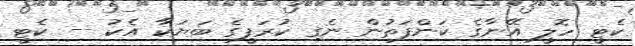
ކެޓީ ހޮލީ އޭނާގެ ކަންފަތުން ނެގި ކުރަފީގެ ބަޔަކާ އެކު -- ކެޓީ